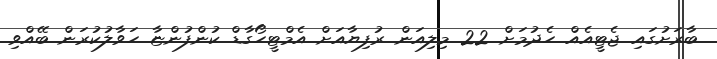
ބާރަށުގައި ޖެޓީއެއް ހެދުމަށް 22 މިލިއަން ރުފިޔާއަށް އެމްޓީހޯގާޑް ކުންފުންޏާ ހަވާލުކުރަން ބޭއްވި